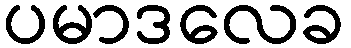
ပမာဒလေခ